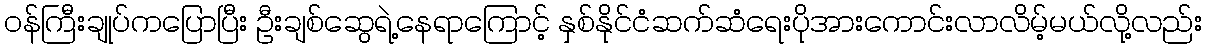
ဝန်ကြီးချုပ်ကပြောပြီး ဦးချစ်ဆွေရဲ့နေရာကြောင့် နှစ်နိုင်ငံဆက်ဆံရေးပိုအားကောင်းလာလိမ့်မယ်လို့လည်း